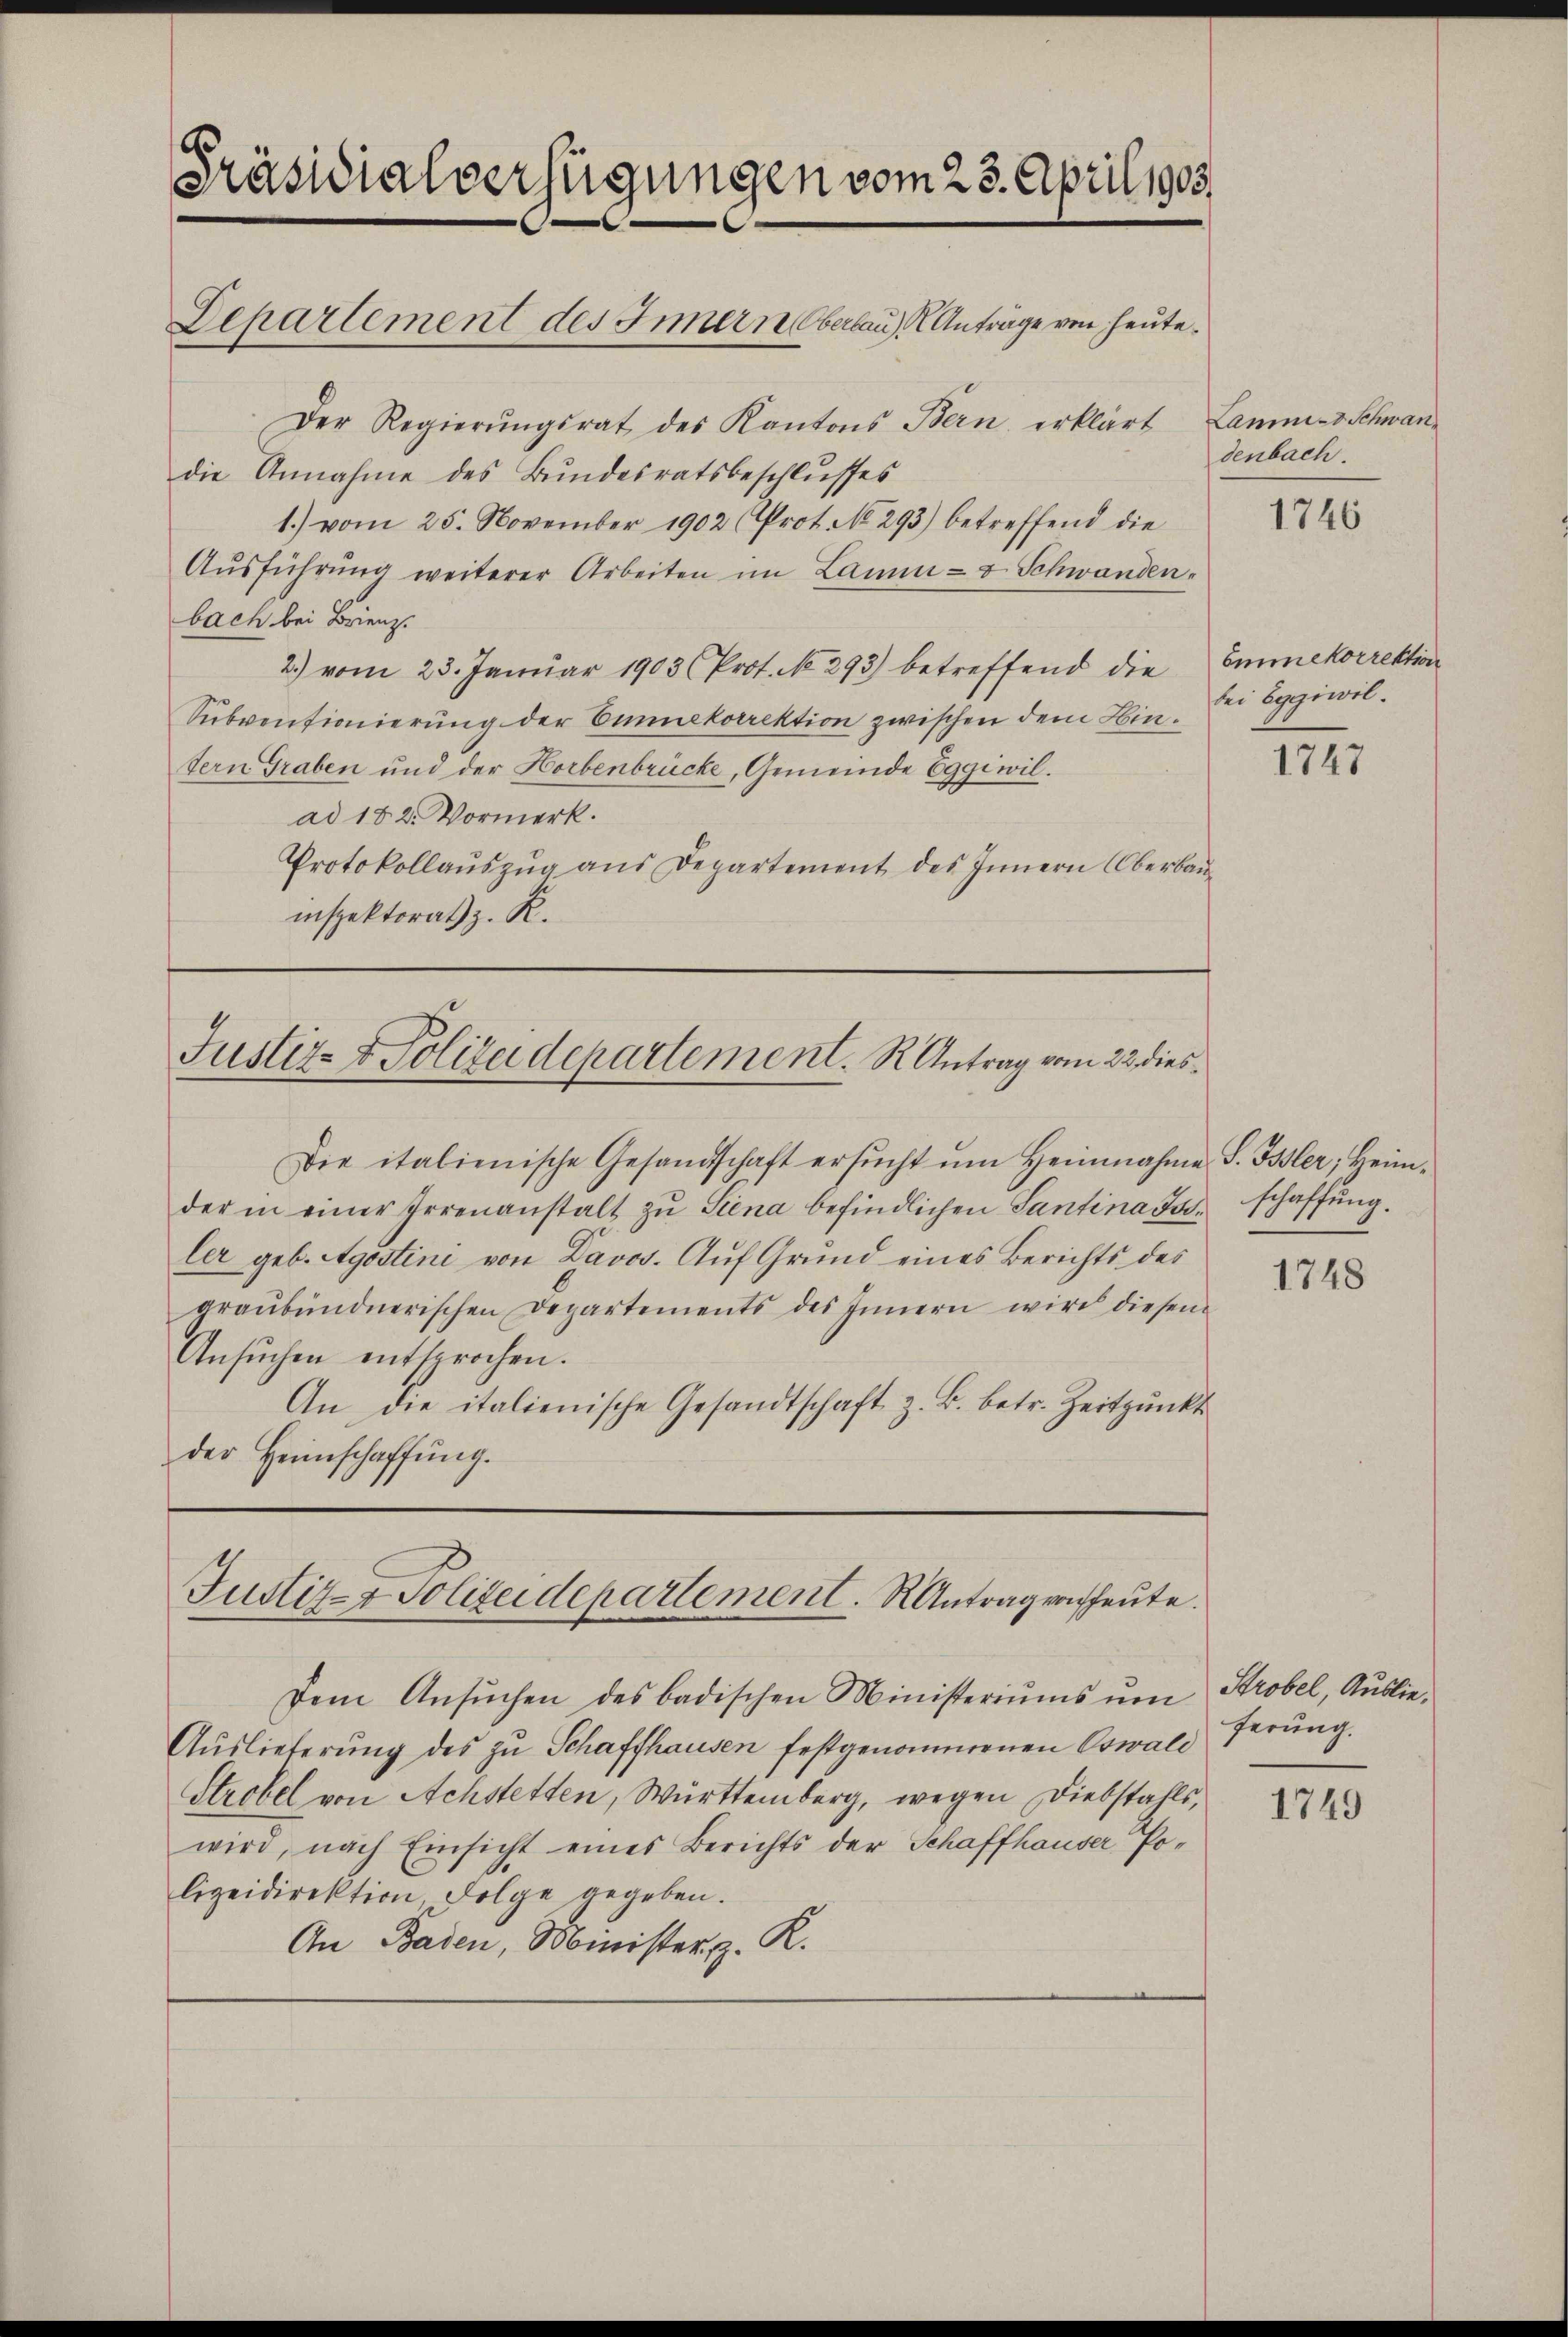
Präsidialverfügungen vom 23. April 1903.
Departement des Innern Oberlauf Anträge von heute¬

Der Regierŭngsrat des Kantons Bern erklärt Lamm-v Schwan-
die Annahme des Bŭndesratsbeschlŭsses
1.) vom 25. November 1902 (Prot. No. 293) betreffend die
Aŭsführŭng weiterer Arbeiten im Lamm- & Schwandenbach bei Brienz.
2.) vom 23. Janŭar 1903 (Prof. No. 293) betreffend die Eminckorrektion
Subventionierung der Einkorrektion zwischen dem Hintern Graben und der Horbenbrücke, Gemeinde Eggiwilad 182. Vormerk.
Protokollaŭszŭg ans Departement des Innern Oberbauinspektorat z. R.

Justiz- & Polizeidepartement. K. Antrag vom 22. dies¬

Die italienische Gesandschaft ersŭcht ŭm Heinnahme S. Isler, Heim-
der in einer Irrenanstalt zŭ Siena befindlichen Santina Joler geb. Agostini von Davos. Auf Grund eines Berichts des
graŭbündnerischen Departements des Innern wird diesen
Ansŭchen entsprochen.
An die italienische Gesandtschaft z. B. betr. Zeitpunkt
der Heimschaffŭng.

Justiz- & Polizeidepartement. Antrag rascheute.

dem Ansŭchen des badischen Ministeriŭms ŭm Strobel, Auslie¬
Auslieferung des zu Schaffhausen festgenommenen Oswald
Strobel von Achstetten, Württemberg, wegen Diebstahls,
wird, nach Einsicht eines Berichts der Schaffhauser Polizeidirektion Folge gegeben.
An Baden, Minister z. R.

denbach.

1746

bei Eggiwil.

1747

schaffung.

1748

ferung.

1749